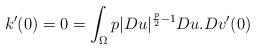
LaTeX: \begin{align*}k'(0)=0 = \int_\Omega p|Du|^{\frac{p}{2}-1} Du.Dv'(0) \end{align*}